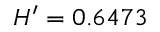
H ^ { \prime } = 0 . 6 4 7 3